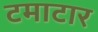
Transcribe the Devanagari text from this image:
टमाटार